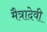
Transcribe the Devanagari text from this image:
मैत्रादेवी